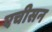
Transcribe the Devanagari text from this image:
एचीसन